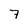
Character: 7